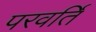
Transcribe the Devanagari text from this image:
परवर्ति